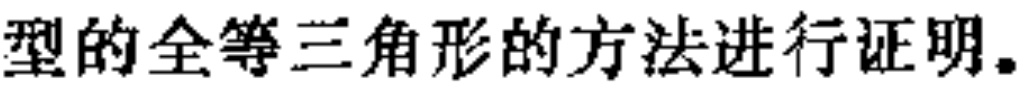
型的全等三角形的方法进行证明。